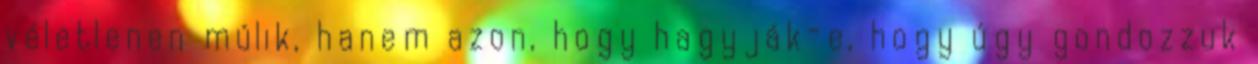
véletlenen múlik, hanem azon, hogy hagyják-e, hogy úgy gondozzuk